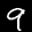
Label: 9